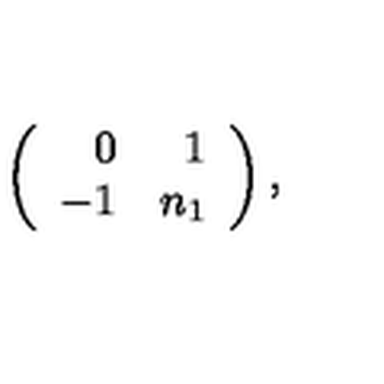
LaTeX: \left( \begin{array} { r r } { 0 } & { 1 } \\ { - 1 } & { n _ { 1 } } \\ \end{array} \right) ,